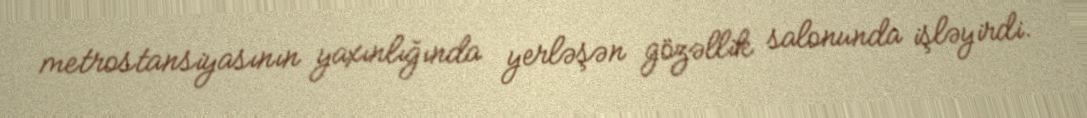
metrostansiyasının yaxınlığında yerləşən gözəllik salonunda işləyirdi.